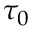
\tau _ { 0 }